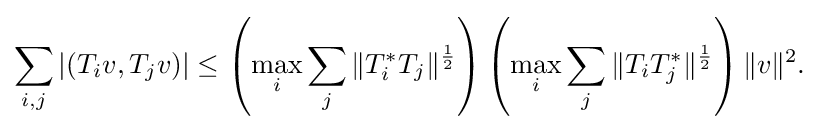
\displaystyle {\sum _{i,j}|(T_{i}v,T_{j}v)|\leq \left(\max _{i}\sum _{j}\|T_{i}^{*}T_{j}\|^{1 \over 2}\right)\left(\max _{i}\sum _{j}\|T_{i}T_{j}^{*}\|^{1 \over 2}\right)\|v\|^{2}.}